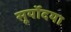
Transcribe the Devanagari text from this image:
सूर्योदया